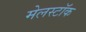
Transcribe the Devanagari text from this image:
मेलस्टॉक